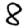
Digit: 8